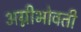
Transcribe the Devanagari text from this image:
अग्नीभोवती